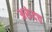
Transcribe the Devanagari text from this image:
अरुंदच